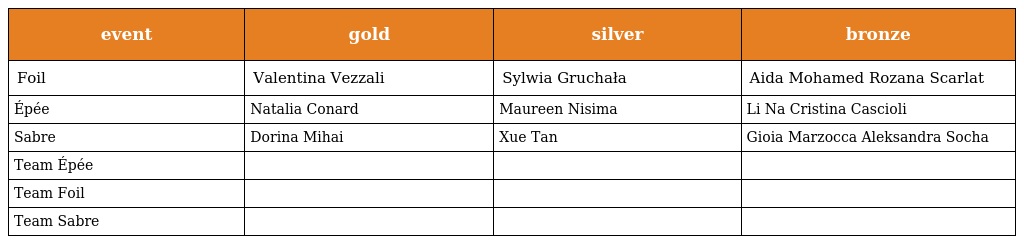
| event | gold | silver | bronze |
 | --- | --- | --- | --- |
 | Foil | Valentina Vezzali | Sylwia Gruchała | Aida Mohamed Rozana Scarlat |
 | Épée | Natalia Conard | Maureen Nisima | Li Na Cristina Cascioli |
 | Sabre | Dorina Mihai | Xue Tan | Gioia Marzocca Aleksandra Socha |
 | Team Épée |  |  |  |
 | Team Foil |  |  |  |
 | Team Sabre |  |  |  |